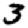
Digit: 3